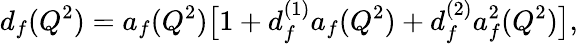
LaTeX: d_{f}(Q^{2})=a_{f}(Q^{2})\bigl[1+d_{f}^{(1)}a_{f}(Q^{2})+d_{f}^{(2)}a_{f}^{2}(Q^{2})\bigr],